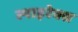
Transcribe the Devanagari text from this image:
स्पाइरेक्स